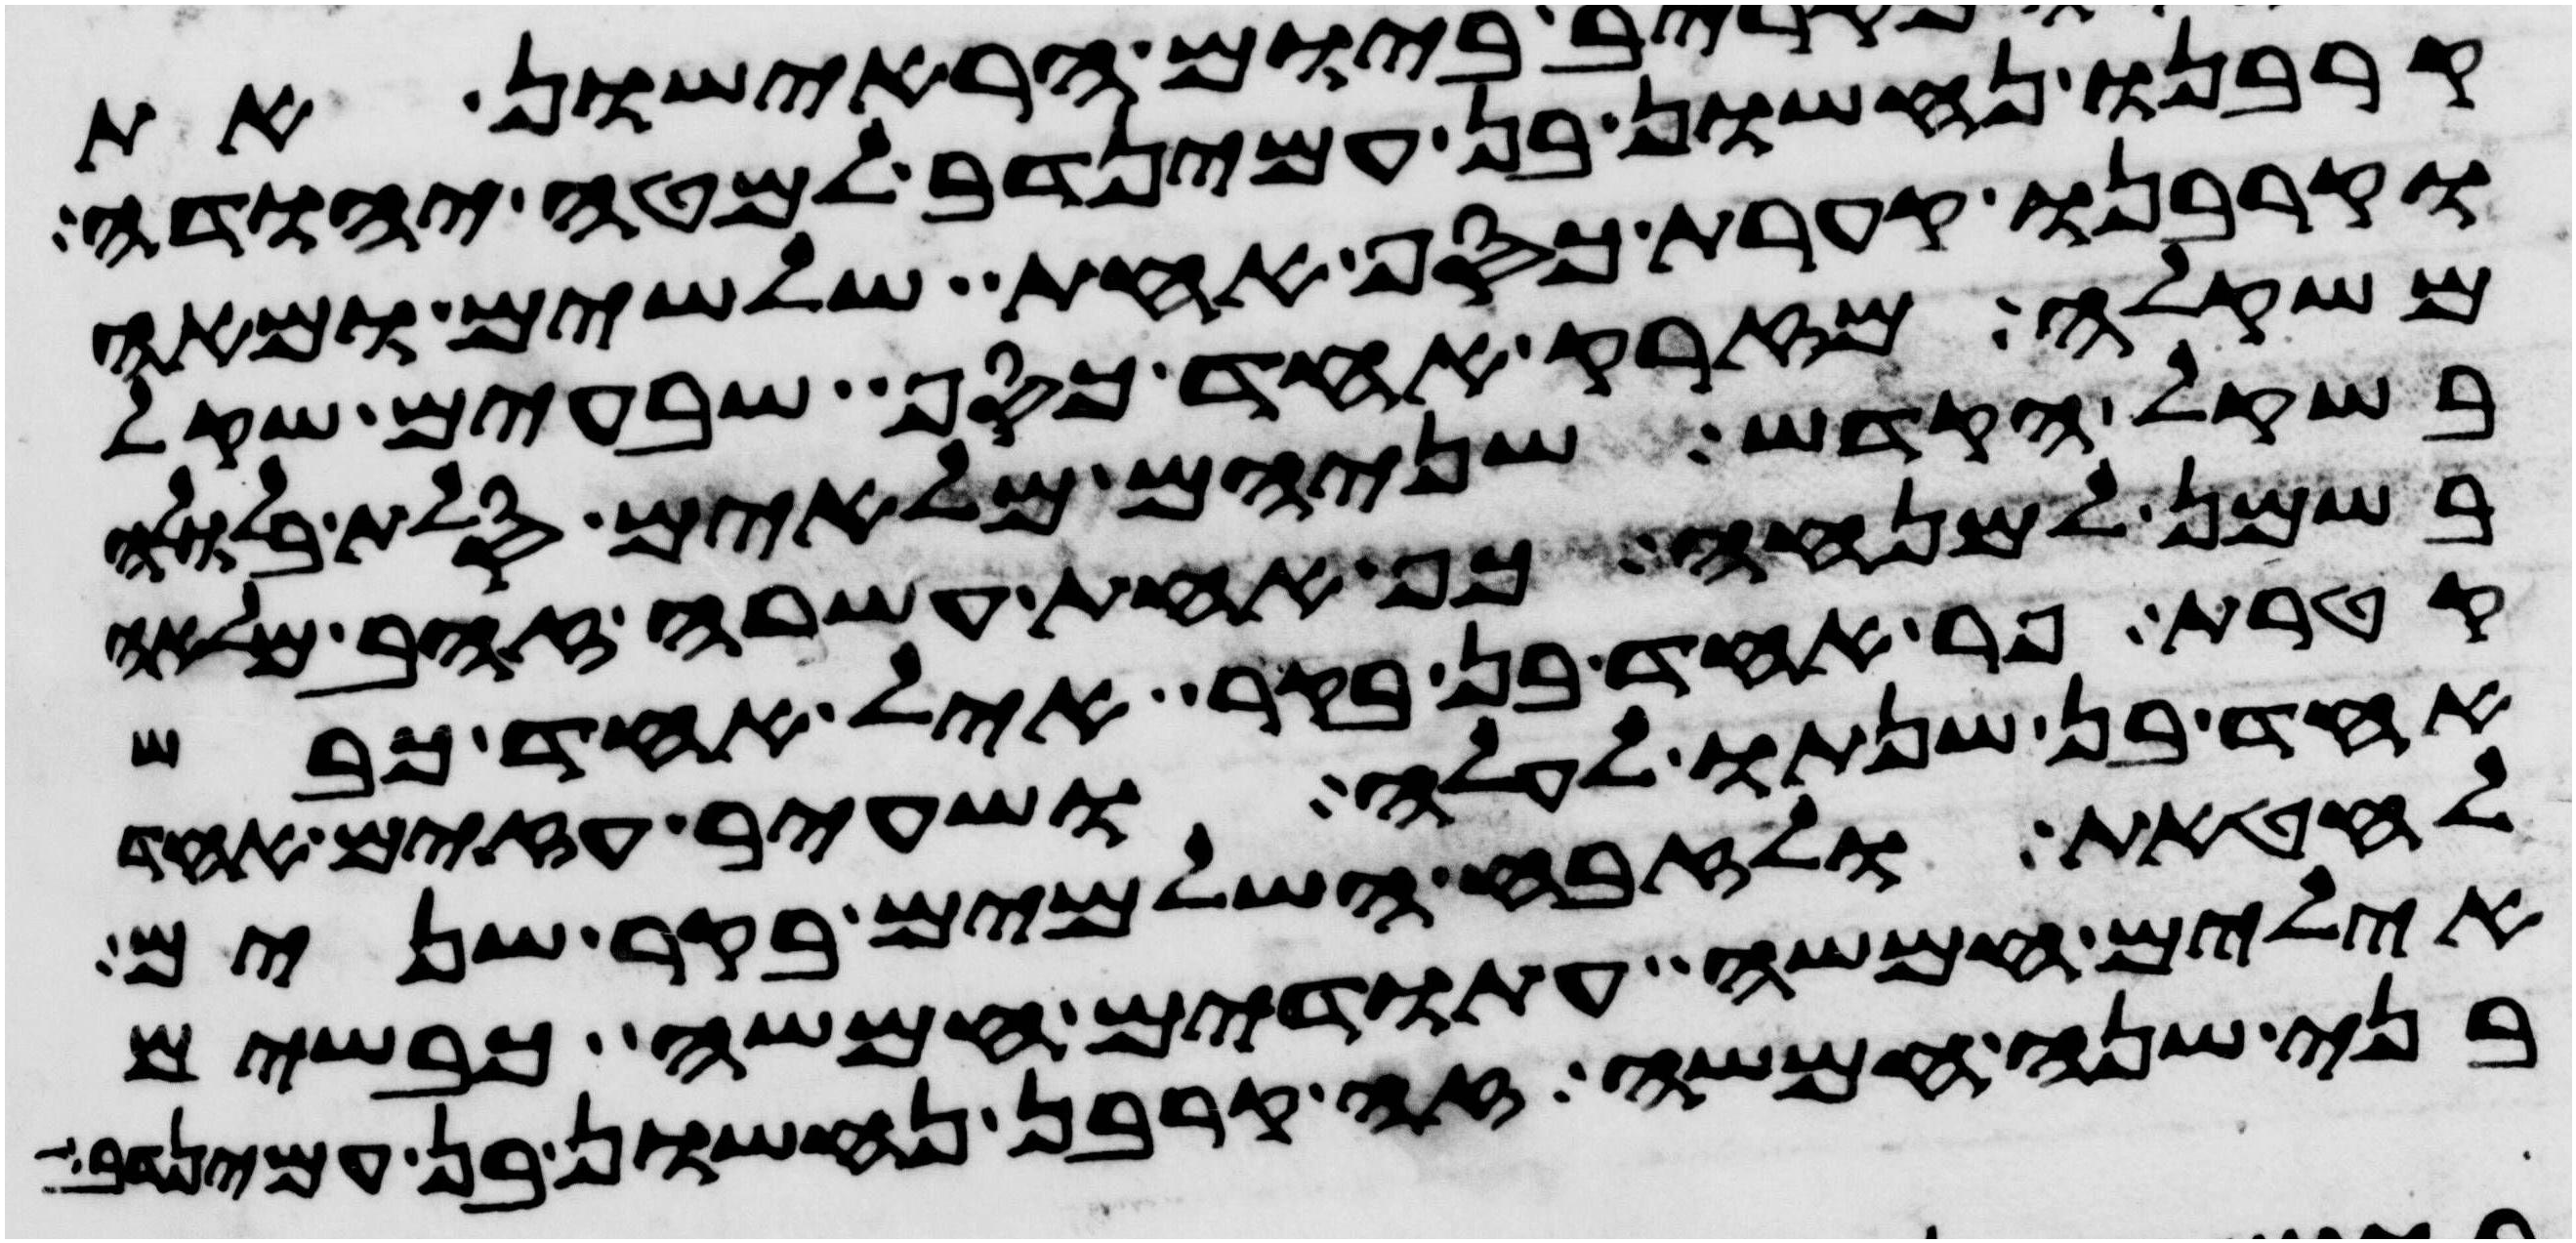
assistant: קרבנו נחשון בן עמינדב למטה יהודה
וקרבנו קערת כסף אחת שלשים ומאה
משקלה מזרק אחד כסף שבעים שקל
בשקל הקדש שניהם מלאים סלת בלולה
בשמן למנחה כף אחת עשרה זהב מלאה
קטרת פר אחד בן בקר איל אחד כבש
אחד בן שנתו לעלה ושעיר עזים אחד
לחטאת ולזבח השלמים בקר שנים
אילים חמשה עתודים חמשה כבשים
בני שנה חמשה זה קרבן נחשון בן עמינדב